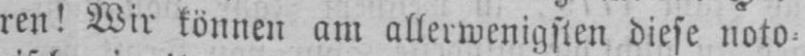
ren! Wir können am allerwenigsten diese noto⸗